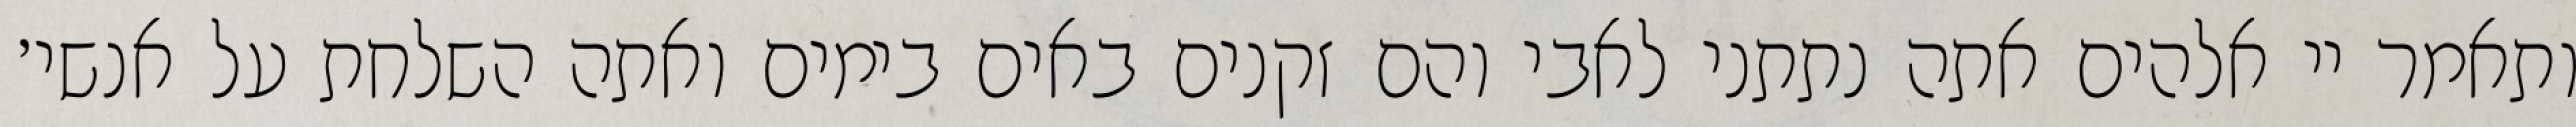
ותאמר יי אלהים אתה נתתני לאבי והם זקנים באים בימים ואתה השלחת על אנשי׳